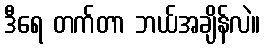
ဒီရေ တက်တာ ဘယ်အချိန်လဲ။